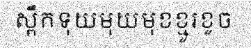
ស្ពឹកទុយមុយមុខខ្មូរខូច